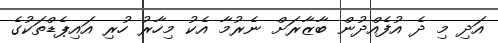
އަދި މި ދެ އުފެއްދުން ބާޒާރަށް ނެރުމާ އެކު މިހާރު ހުރި އައިޕެޑްތަކުގެ